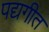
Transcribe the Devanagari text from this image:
पद्यगीत